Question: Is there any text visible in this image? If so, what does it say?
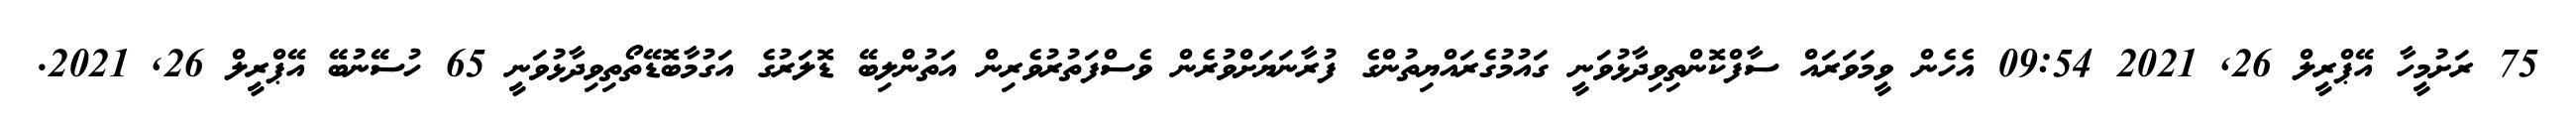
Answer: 75 ރަށުމީހާ އޭޕްރީލް 26, 2021 09:54 އެހެން ވީމަވަރައް ސާފްކޮންތިވިދާޅުވަނީ ގައުމުގެރައްޔިތުންގެ ފުރާނަޔަށްވުރެން ވެސްފަތުރުވެރިން އަތުންލިބޭ ޑޮލަރުގެ އަގުމާބޮޑޭތޯތިވިދާޅުވަނީ 65 ހުސޭނުބޭ އޭޕްރީލް 26, 2021.